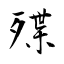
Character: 殜